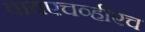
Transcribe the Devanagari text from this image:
वायएचव्हीएच